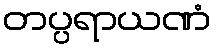
တပ္ပရာယဏံ